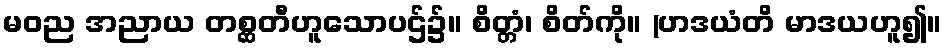
မဝည အညာယ တစ္ဆတီဟူသောပဌ်၌။ စိတ္တံ၊ စိတ်ကို။ (ဟဒယံတိ မာဒယဟူ၍။